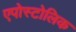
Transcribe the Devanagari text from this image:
एपोस्टोलिक